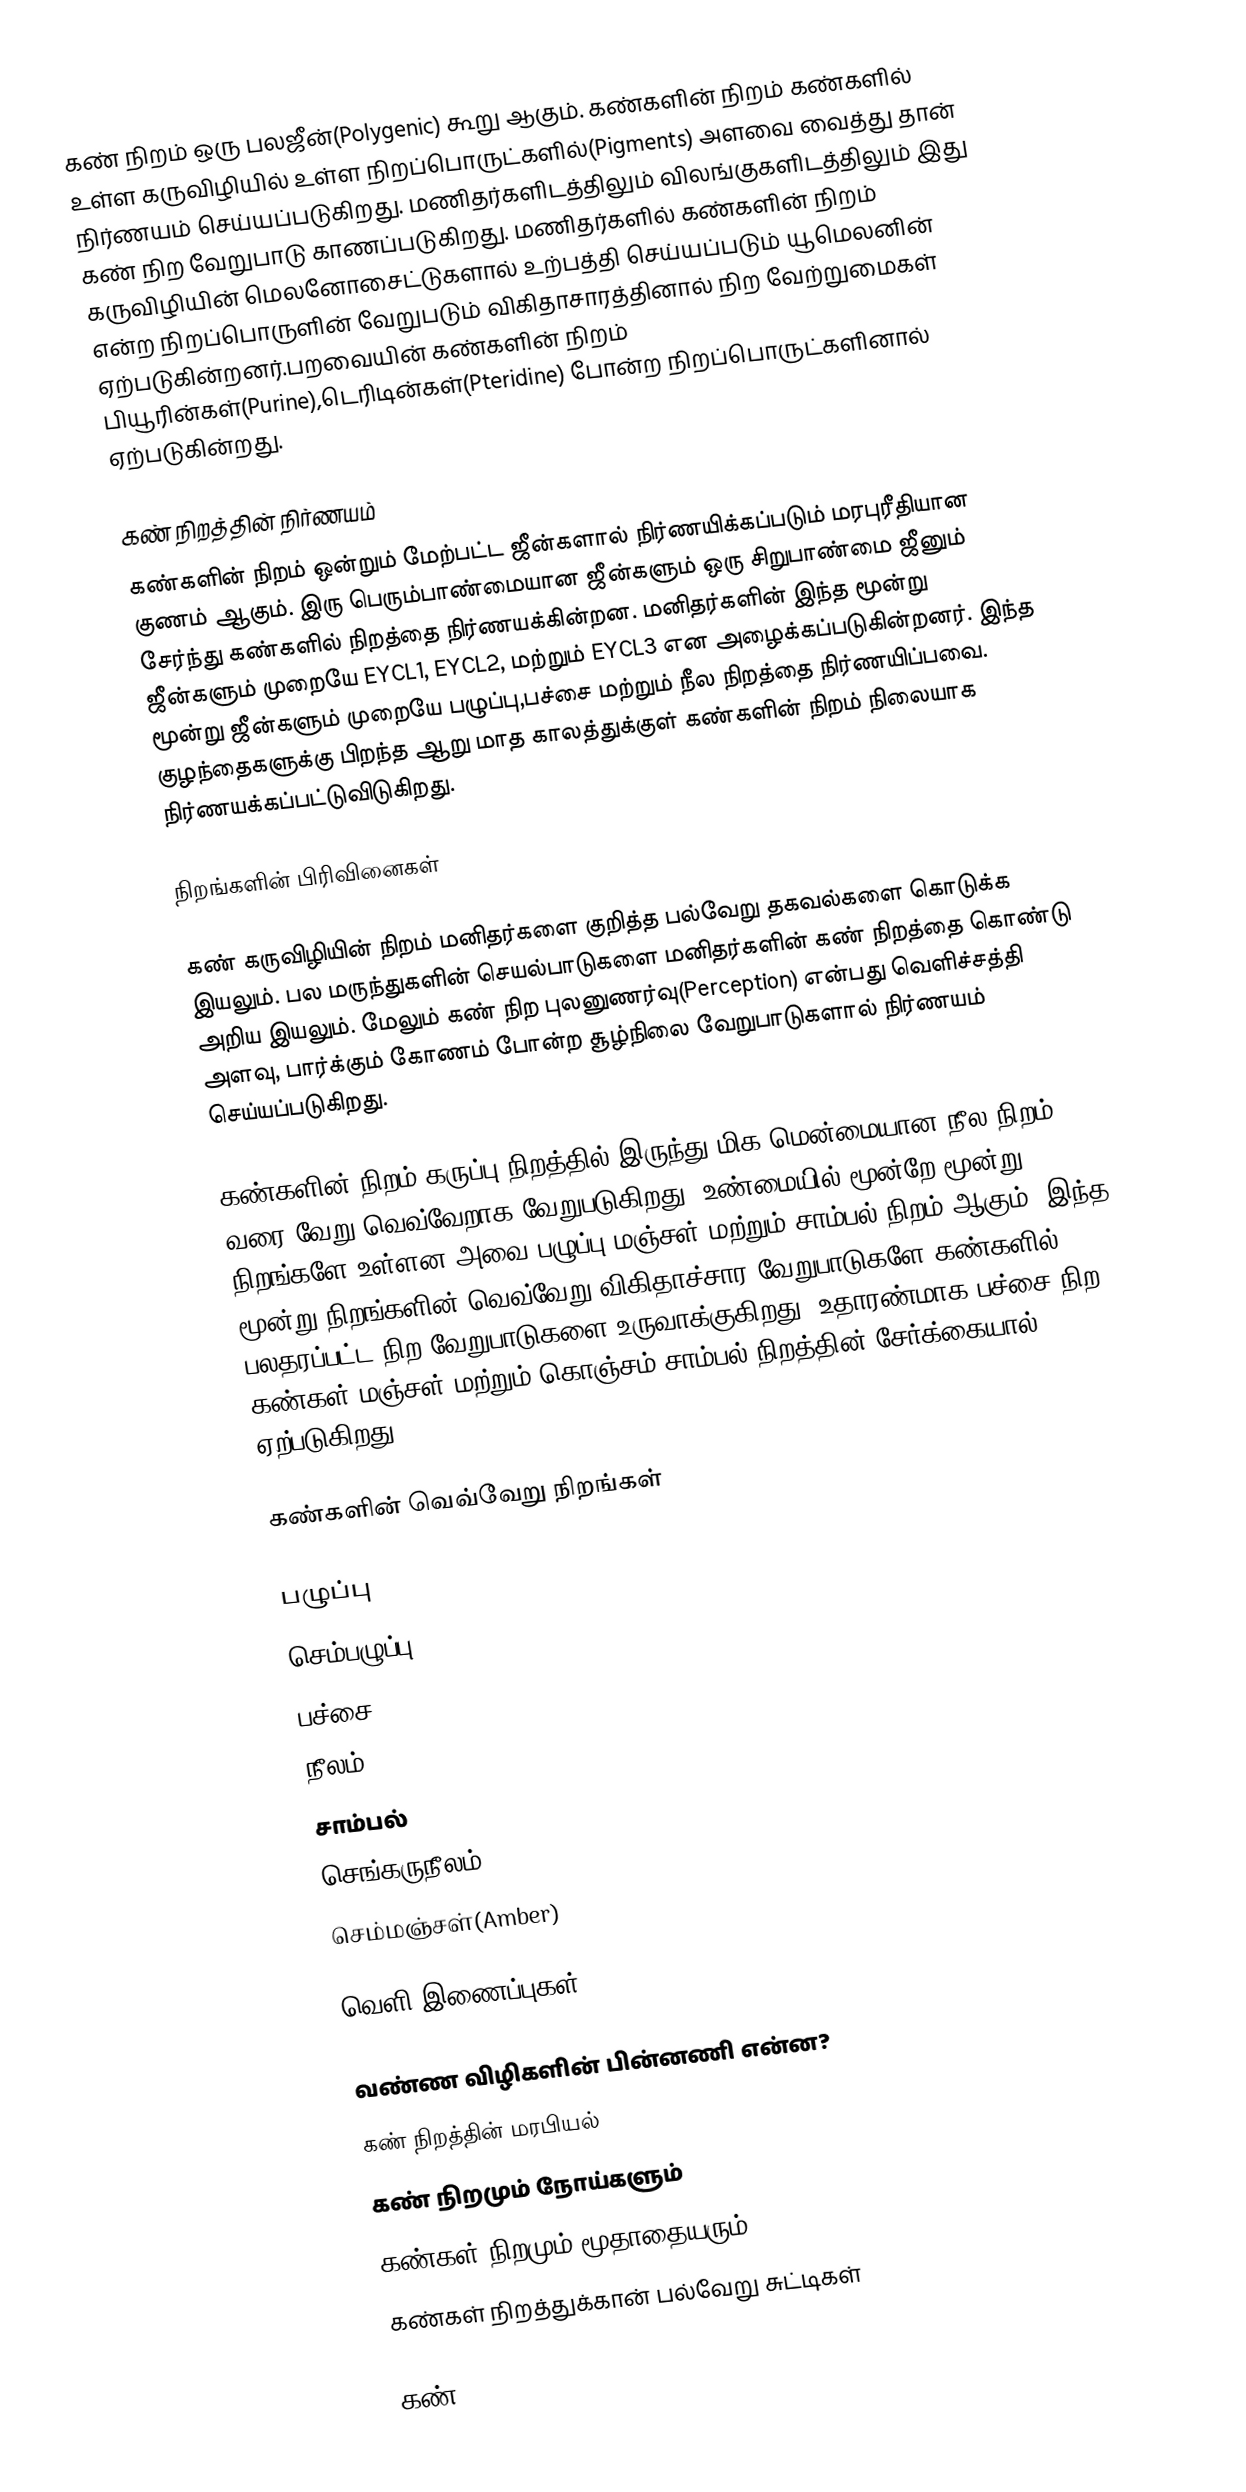
கண் நிறம் ஒரு பலஜீன்(Polygenic) கூறு ஆகும். கண்களின் நிறம் கண்களில் உள்ள கருவிழியில் உள்ள  நிறப்பொருட்களில்(Pigments) அளவை வைத்து தான் நிர்ணயம் செய்யப்படுகிறது. மணிதர்களிடத்திலும் விலங்குகளிடத்திலும் இது கண் நிற வேறுபாடு காணப்படுகிறது. மணிதர்களில் கண்களின் நிறம் கருவிழியின் மெலனோசைட்டுகளால் உற்பத்தி செய்யப்படும் யூமெலனின் என்ற நிறப்பொருளின் வேறுபடும் விகிதாசாரத்தினால் நிற வேற்றுமைகள் ஏற்படுகின்றனர்.பறவையின் கண்களின் நிறம் பியூரின்கள்(Purine),டெரிடின்கள்(Pteridine) போன்ற நிறப்பொருட்களினால் ஏற்படுகின்றது.

கண் நிறத்தின் நிர்ணயம்
கண்களின் நிறம் ஒன்றும் மேற்பட்ட ஜீன்களால் நிர்ணயிக்கப்படும் மரபுரீதியான குணம் ஆகும். இரு பெரும்பாண்மையான ஜீன்களும் ஒரு சிறுபாண்மை ஜீனும் சேர்ந்து கண்களில் நிறத்தை நிர்ணயக்கின்றன. மனிதர்களின் இந்த மூன்று ஜீன்களும் முறையே EYCL1, EYCL2, மற்றும் EYCL3 என அழைக்கப்படுகின்றனர். இந்த மூன்று ஜீன்களும் முறையே பழுப்பு,பச்சை மற்றும் நீல நிறத்தை நிர்ணயிப்பவை. குழந்தைகளுக்கு பிறந்த ஆறு மாத காலத்துக்குள் கண்களின் நிறம் நிலையாக நிர்ணயக்கப்பட்டுவிடுகிறது.

நிறங்களின் பிரிவினைகள்

கண் கருவிழியின் நிறம் மனிதர்களை குறித்த பல்வேறு தகவல்களை கொடுக்க இயலும். பல மருந்துகளின் செயல்பாடுகளை மனிதர்களின் கண் நிறத்தை கொண்டு அறிய இயலும். மேலும் கண் நிற புலனுணர்வு(Perception) என்பது வெளிச்சத்தி அளவு, பார்க்கும் கோணம் போன்ற சூழ்நிலை வேறுபாடுகளால் நிர்ணயம் செய்யப்படுகிறது.

கண்களின் நிறம் கருப்பு நிறத்தில் இருந்து மிக மென்மையான நீல நிறம் வரை வேறு வெவ்வேறாக வேறுபடுகிறது. உண்மையில் மூன்றே மூன்று நிறங்களே உள்ளன அவை பழுப்பு,மஞ்சள் மற்றும் சாம்பல் நிறம் ஆகும். இந்த மூன்று நிறங்களின் வெவ்வேறு விகிதாச்சார வேறுபாடுகளே கண்களில் பலதரப்பட்ட நிற வேறுபாடுகளை உருவாக்குகிறது. உதாரண்மாக பச்சை நிற கண்கள் மஞ்சள் மற்றும் கொஞ்சம் சாம்பல் நிறத்தின் சேர்க்கையால் ஏற்படுகிறது.

கண்களின் வெவ்வேறு நிறங்கள்

பழுப்பு
செம்பழுப்பு(Hazel)
பச்சை
நீலம்
சாம்பல்
செங்கருநீலம்(Violet)
செம்மஞ்சள்(Amber)

வெளி இணைப்புகள்

 வண்ண விழிகளின் பின்னணி என்ன?
கண் நிறத்தின் மரபியல்
கண் நிறமும் நோய்களும்
கண்கள் நிறமும் மூதாதையரும்
கண்கள் நிறத்துக்கான் பல்வேறு சுட்டிகள்

கண்